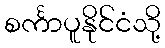
စင်္ကာပူနိုင်ငံသို့